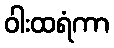
ဝါးထရံကာ